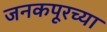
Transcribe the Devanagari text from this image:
जनकपूरच्या